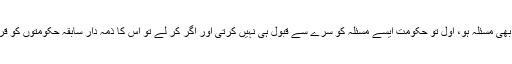
چاہے کوئی بھی مسئلہ ہو، اوّل تو حکومت ایسے مسئلہ کو سرے سے قبول ہی نہیں کرتی اور اگر کر لے تو اس کا ذمہ دار سابقہ حکومتوں کو قرار دیتی ہے۔